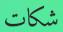
شكات